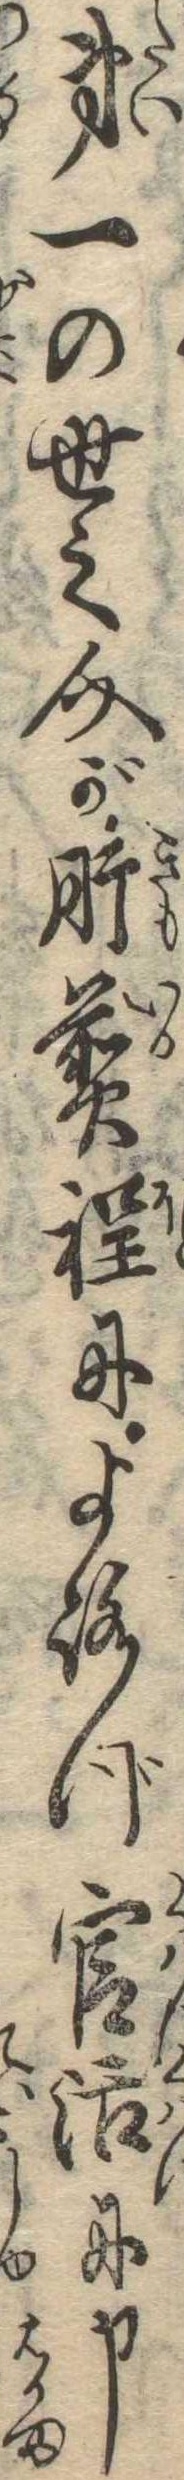
第一の世之介が肝煎程によろづ官活に申